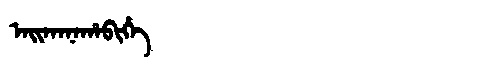
Manchu: ᠠᡳᡴᠠᠨᠠᡥᠠᠪᡳᡥᡝ
Romanization: AIKANAHABIHE